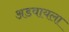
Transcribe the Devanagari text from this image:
अडवायला